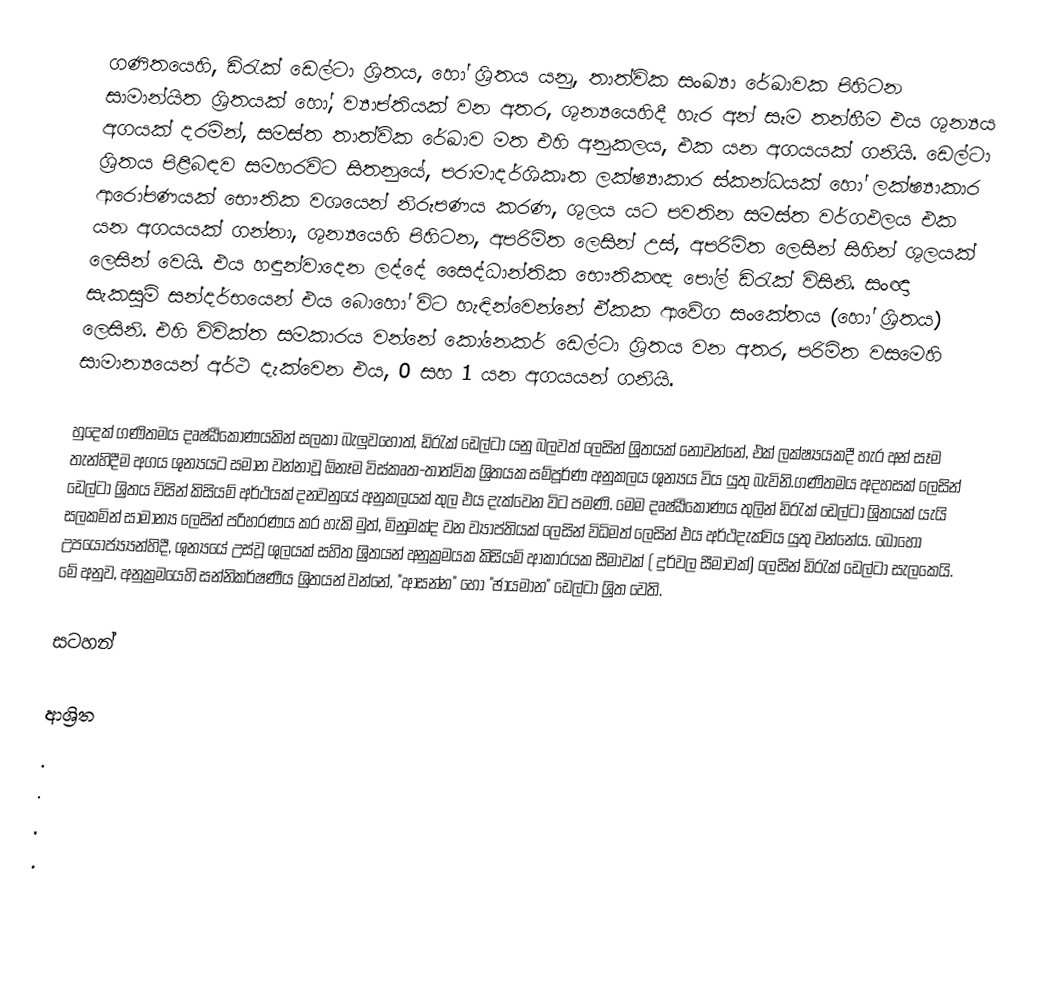
ගණිතයෙහි, ඩිරැක් ඩෙල්ටා ශ්‍රිතය, හෝ  ශ්‍රිතය යනු, තාත්වික සංඛ්‍යා රේඛාවක පිහිටන සාමාන්යිත ශ්‍රිතයක් හෝ,  ව්‍යාප්තියක් වන අතර, ශුන්‍යයෙහිදී හැර අන් සෑම තන්හීම එය ශුන්‍යය අගයක් දරමින්, සමස්ත තාත්වික රේඛාව මත එහි අනුකලය, එක යන අගයයක් ගනියි. ඩෙල්ටා ශ්‍රිතය පිළිබඳව සමහරවිට සිතනුයේ, පරාමාදර්ශිකෘත  ලක්ෂ්‍යාකාර ස්කන්ධය‍ක් හෝ  ලක්ෂ්‍යාකාර ආරෝපණයක් භෞතික වශයෙන් නිරූපණය කරණ,  ශුලය යට පවතින සමස්ත වර්ගඵලය එක යන අගයයක් ගන්නා, ශුන්‍යයෙහි පිහිටන,  අපරිමිත ලෙසින් උස්, අපරිමිත ලෙසින් සිහින් ශුලයක් ලෙසින් වෙයි.  එය හඳුන්වාදෙන ලද්දේ සෛද්ධාන්තික භෞතිකඥ පෝල් ඩිරැක් විසිනි.  සංඥා සැකසුම් සන්දර්භයෙන් එය බොහෝ විට හැඳින්වෙන්නේ  ඒකක ආවේග සංකේතය (හෝ ශ්‍රිතය) ලෙසිනි.  එහි විවික්ත සමකාරය වන්නේ කෝනෙකර් ඩෙල්ටා ශ්‍රිතය වන අතර, පරිමිත වසමෙහි සාමාන්‍යයෙන් අර්ථ දැක්වෙන එය,   0 සහ 1 යන අගයයන් ගනියි.

හුදෙක් ගණිතමය දෘෂ්ඨිකොණයකින් සලකා බැලුවහොත්, ඩිරැක් ඩෙල්ටා යනු බලවත් ලෙසින්  ශ්‍රිතයක් නොවන්නේ, එක් ලක්ෂ්‍යයකදී හැර අන් සෑම තැන්හිදීම අගය ශුන්‍යයට සමාන වන්නාවූ ඕනෑම විස්කෘත-තාත්වික ශ්‍රිතයක සම්පූර්ණ අනුකලය ශුන්‍යය විය යුතු බැවිනි.ගණිතමය අදහසක් ලෙසින් ඩෙල්ටා ශ්‍රිතය විසින් කිසියම් අර්ථයක් දනවනුයේ අනුකලයක් තුල එය දැක්වෙන විට පමණි.  මෙම දෘෂ්ඨිකෝණය තුලින් ඩිරැක් ඩෙල්ටා ශ්‍රිතයක් යැයි සලකමින් සාමාන්‍ය ලෙසින් පරිහරණය කර හැකි මුත්, මිනුමක්ද වන ව්‍යාප්තියක් ලෙසින් විධිමත් ලෙසින් එය අර්ථදැක්විය යුතු වන්නේය.  බොහෝ උපයෝජ්‍ය්‍යන්හිදී, ශුන්‍යයේ උස්වූ ශුලයක් සහිත ශ්‍රිතයන් අනුක්‍රමයක කිසියම් ආකාරයක  සීමාවක්  ( දුර්වල සීමාවක්) ලෙසින් ඩිරැක් ඩෙල්ටා සැලකෙයි.  මේ අනුව, අනුක්‍රමයෙහි සන්නිකර්ෂණීය ශ්‍රිතයන් වන්නේ, "ආසන්න" හෝ "ඡායමාන" ඩෙල්ටා ශ්‍රිත  වෙති.

සටහන්

ආශ්‍රිත
.
.
 .
 .